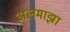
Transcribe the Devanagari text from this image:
अलमाझा